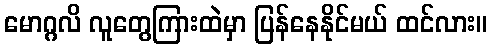
မောဂ္ဂလိ လူတွေကြားထဲမှာ ပြန်နေနိုင်မယ် ထင်လား။